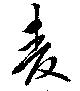
麦